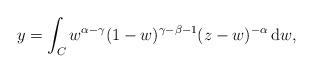
LaTeX: \begin{align*}y= \int_{C} w^{\alpha -\gamma} (1-w)^{\gamma -\beta -1} (z-w)^{-\alpha} \, {\rm d}w,\end{align*}